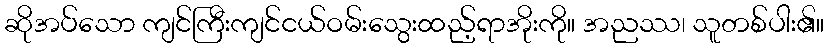
ဆိုအပ်သော ကျင်ကြီးကျင်ငယ်ဝမ်းသွေးထည့်ရာအိုးကို။ အညဿ၊ သူတစ်ပါး၏။